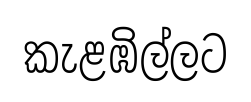
කැළඹිල්ලට